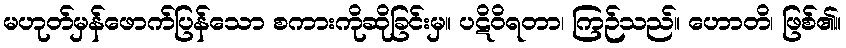
မဟုတ်မှန်ဖောက်ပြန်သော စကားကိုဆိုခြင်းမှ။ ပဋိဝိရတာ၊ ကြဉ်သည်။ ဟောတိ၊ ဖြစ်၏။